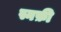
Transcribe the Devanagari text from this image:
स्नफ़ी